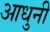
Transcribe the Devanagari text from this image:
आधुनी